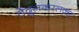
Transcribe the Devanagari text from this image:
तेंदुलकरलकर